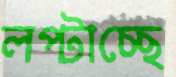
লপ্‌টাচ্ছে